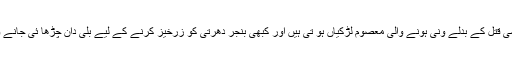
وہ کبھی کسی قتل کے بدلے ونی ہونے والی معصوم لڑکیاں ہو تی ہیں اور کبھی بنجر دھرتی کو زرخیز کرنے کے لیے بلی دان چڑھا ئی جانے والی سہاگن۔